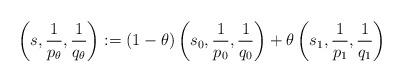
LaTeX: \begin{align*} \left(s,\frac{1}{p_\theta},\frac{1}{q_\theta}\right):= (1-\theta)\left(s_0,\frac{1}{p_0},\frac{1}{q_0}\right)+ \theta\left(s_1,\frac{1}{p_1},\frac{1}{q_1}\right)\end{align*}